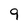
Character: 9